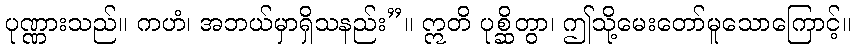
ပုဏ္ဏားသည်။ ကဟံ၊ အဘယ်မှာရှိသနည်း”။ ဣတိ ပုစ္ဆိတွာ၊ ဤသို့မေးတော်မူသောကြောင့်။